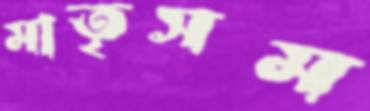
মাতৃসম